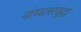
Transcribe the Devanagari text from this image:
यांच्यावरसुद्धा